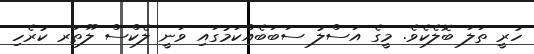
ހުރީ ތަލަ ބޮލެކެވެ. މީގެ އަސްލު ސަބަބެއްކަމުގައި ވަނީ ލެކްސް ލޫތަރ ކުރެހި